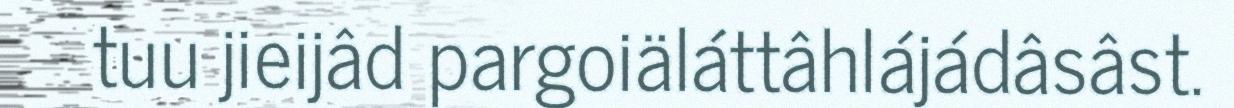
tuu jieijâd pargoiäláttâhlájádâsâst.